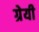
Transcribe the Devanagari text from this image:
ग्रेयी